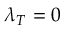
\lambda _ { T } = 0